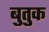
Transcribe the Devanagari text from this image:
बुतुक